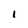
Character: I